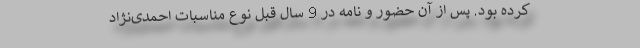
كرده بود. پس از آن حضور و نامه در 9 سال قبل نوع مناسبات احمدی‌نژاد